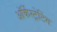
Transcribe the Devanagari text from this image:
ऑर्केस्ट्रेटिंग